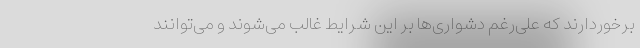
برخوردارند که علی‌رغم دشواری‌ها بر این شرایط غالب می‌شوند و می‌توانند